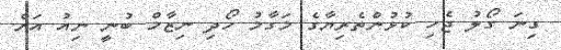
ގިނަ ގޯލު ޖެހި ކުޅުންތެރިޔާގެ މަގާމު ހޯދި ނިޒާމް ބުނީ ނިއު އަށް